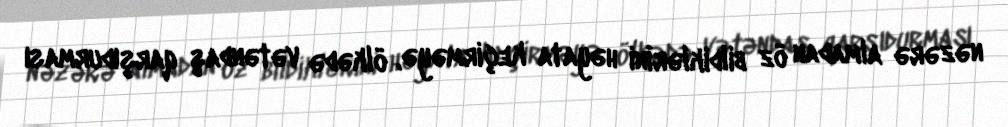
nəzərə almadan öz bildiklərini həyata keçirməyə, ölkədə vətəndaş qarşıdurması